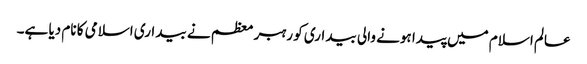
عالم اسلام میں پیدا ہونے والی بیداری کو رہبر معظم نے بیداری اسلامی کا نام دیا ہے۔